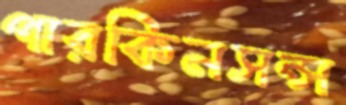
পারকিনসন্স